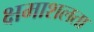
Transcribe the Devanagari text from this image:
क्षमाशलता